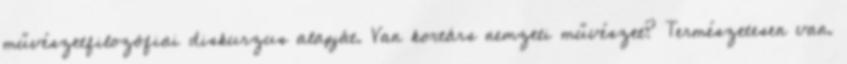
művészetfilozófiai diskurzus alapját. Van kortárs nemzeti művészet? Természetesen van.